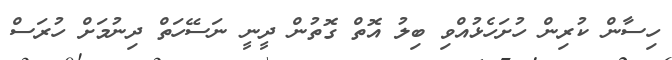
ހިސާން ކުރިން ހުށަހެޅުއްވި ބިލު އޮތް ގޮތުން ދީނީ ނަސޭހަތް ދިނުމަށް ހުރަސް